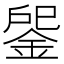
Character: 𨧒